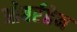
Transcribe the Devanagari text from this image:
ओबर्रहेन